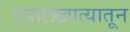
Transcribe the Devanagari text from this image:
टपालखात्यातून